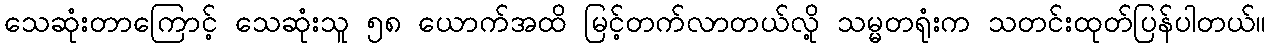
သေဆုံးတာကြောင့် သေဆုံးသူ ၅၈ ယောက်အထိ မြင့်တက်လာတယ်လို့ သမ္မတရုံးက သတင်းထုတ်ပြန်ပါတယ်။